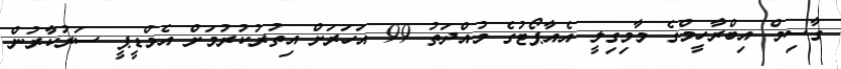
ގާސިމް އިބްރާހީމްގެ މާމިގިލީ އެއާޕޯޓުގެ މުއްދަތު 99 އަހަރަށް އިތުރުކުރުމަށް އެމްޑީޕީ ސަރުކާރުން